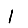
Digit: 1